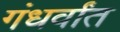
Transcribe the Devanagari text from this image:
गंधर्वांत